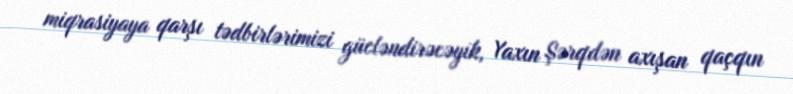
miqrasiyaya qarşı tədbirlərimizi gücləndirəcəyik, Yaxın Şərqdən axışan qaçqın